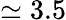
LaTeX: \simeq 3.5